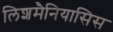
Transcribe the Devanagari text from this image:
लिशमैनियासिस